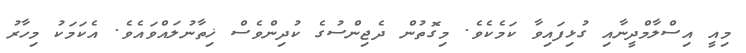
މިއީ އިސްލާމްދީނާއި ގުޅިފައިވާ ކަމެކެވެ. މިގޮތުން ދެޖިންސުގެ ކުދިންވެސް ޚިތާނުލައްވައެވެ. އެކަމަކު މިހާރު